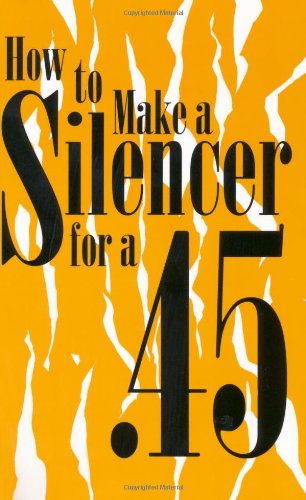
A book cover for How To Make A Silencer For A .45 (Silencers); Anonymous; Crafts, Hobbies & Home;